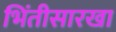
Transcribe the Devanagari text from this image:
भिंतीसारखा